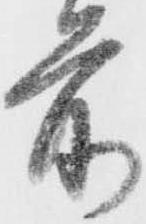
前